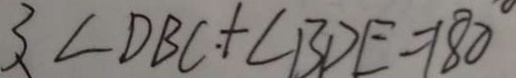
3 . \angle D B C + \angle B D E = 1 8 0 ^ { \circ }